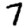
Digit: 7